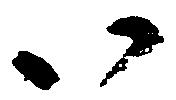
以